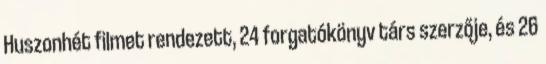
Huszonhét filmet rendezett, 24 forgatókönyv társ szerzője, és 26